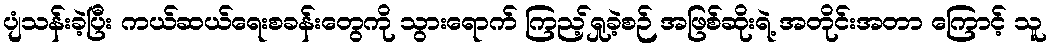
ပျံသန်းခဲ့ပြီး ကယ်ဆယ်ရေးစခန်းတွေကို သွားရောက် ကြည့်ရှုခဲ့စဉ် အဖြစ်ဆိုးရဲ့ အတိုင်းအတာ ကြောင့် သူ